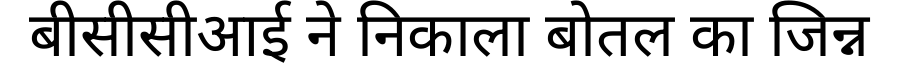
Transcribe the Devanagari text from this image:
बीसीसीआई ने निकाला बोतल का जिन्न